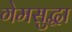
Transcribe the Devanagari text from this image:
गेमसुद्धा